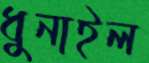
ধুনাইল